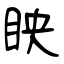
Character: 眏